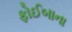
ફોઈબાના